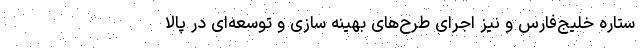
ستاره خلیج‌فارس و نیز اجرای طرح‌های بهینه سازی و توسعه‌ای در پالا